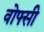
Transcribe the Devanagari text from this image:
वोफ्सी